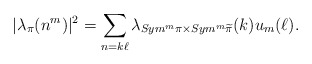
\begin{align*}|\lambda_\pi(n^m)|^2=\sum_{n=k\ell}\lambda_{Sym^m \pi \times Sym^m \widetilde\pi}(k)u_m(\ell).\end{align*}